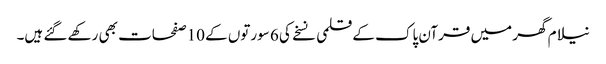
نیلام گھر میں قرآن پاک کے قلمی نسخے کی 6 سورتوں کے 10صفحات بھی رکھے گئے ہیں۔